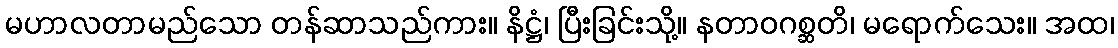
မဟာလတာမည်သော တန်ဆာသည်ကား။ နိဋ္ဌံ၊ ပြီးခြင်းသို့။ နတာဝဂစ္ဆတိ၊ မရောက်သေး။ အထ၊